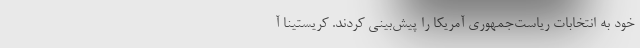
خود به انتخابات ریاست‌جمهوری آمریکا را پیش‌بینی کردند. کریستینا آ